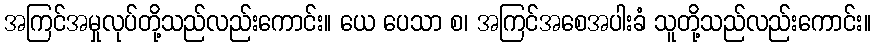
အကြင်အမှုလုပ်တို့သည်လည်းကောင်း။ ယေ ပေသာ စ၊ အကြင်အစေအပါးခံ သူတို့သည်လည်းကောင်း။